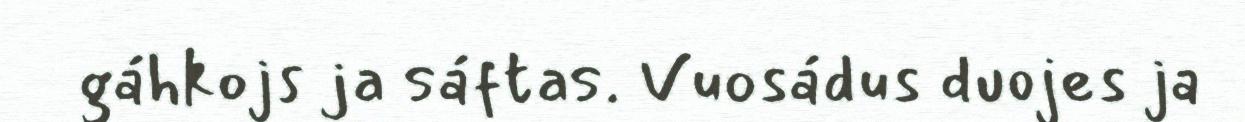
gáhkojs ja sáftas. Vuosádus duojes ja